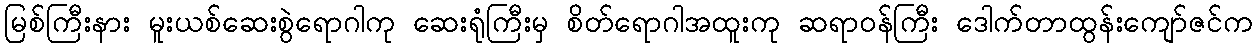
မြစ်ကြီးနား မူးယစ်ဆေးစွဲရောဂါကု ဆေးရုံကြီးမှ စိတ်ရောဂါအထူးကု ဆရာဝန်ကြီး ဒေါက်တာထွန်းကျော်ဇင်က